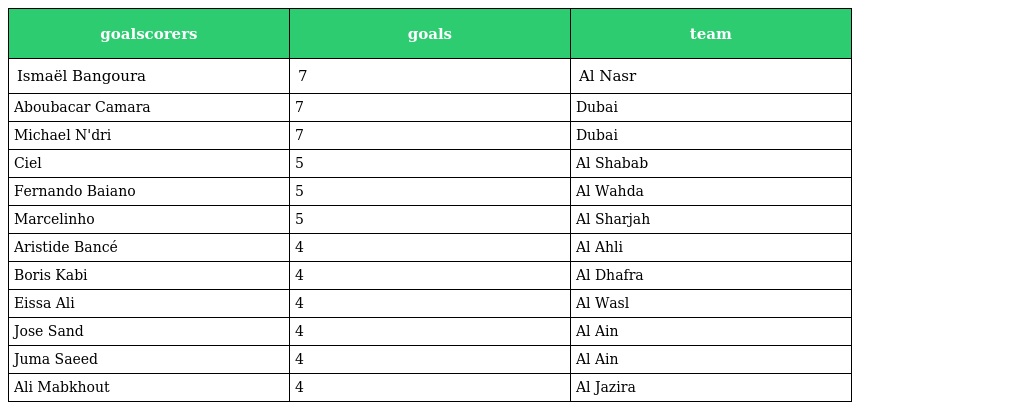
| goalscorers | goals | team |
 | --- | --- | --- |
 | Ismaël Bangoura | 7 | Al Nasr |
 | Aboubacar Camara | 7 | Dubai |
 | Michael N'dri | 7 | Dubai |
 | Ciel | 5 | Al Shabab |
 | Fernando Baiano | 5 | Al Wahda |
 | Marcelinho | 5 | Al Sharjah |
 | Aristide Bancé | 4 | Al Ahli |
 | Boris Kabi | 4 | Al Dhafra |
 | Eissa Ali | 4 | Al Wasl |
 | Jose Sand | 4 | Al Ain |
 | Juma Saeed | 4 | Al Ain |
 | Ali Mabkhout | 4 | Al Jazira |